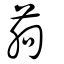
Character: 葋